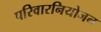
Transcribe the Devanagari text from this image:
परिवारनियोजन